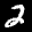
Label: 2